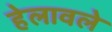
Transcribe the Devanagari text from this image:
हेलावले